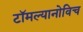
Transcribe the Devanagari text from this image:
टॉमल्यानोविच